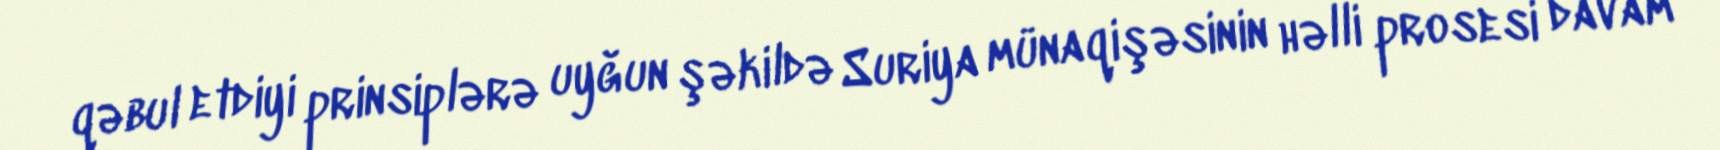
qəbul etdiyi prinsiplərə uyğun şəkildə Suriya münaqişəsinin həlli prosesi davam